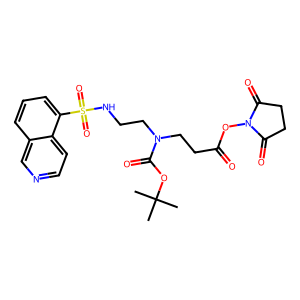
SMILES: CC(C)(C)OC(=O)N(CCNS(=O)(=O)c1cccc2cnccc12)CCC(=O)ON1C(=O)CCC1=O
Inhibits HIV replication: No